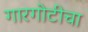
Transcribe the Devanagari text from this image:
गारगोटीचा